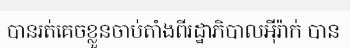
បានរត់គេចខ្លួនចាប់តាំងពីរដ្ឋាភិបាលអ៊ីរ៉ាក់ បាន